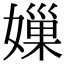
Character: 𡡊